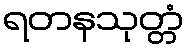
ရတနသုတ္တံ